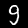
Label: 9